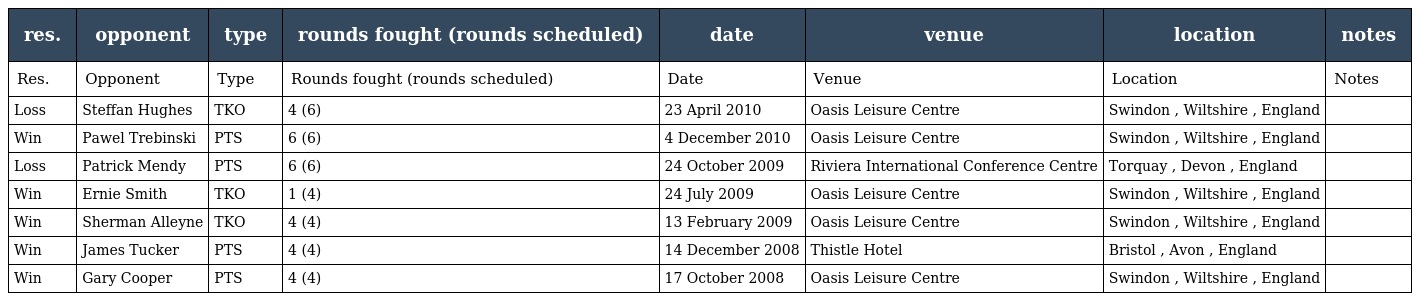
| res. | opponent | type | rounds fought (rounds scheduled) | date | venue | location | notes |
 | --- | --- | --- | --- | --- | --- | --- | --- |
 | Res. | Opponent | Type | Rounds fought (rounds scheduled) | Date | Venue | Location | Notes |
 | Loss | Steffan Hughes | TKO | 4 (6) | 23 April 2010 | Oasis Leisure Centre | Swindon , Wiltshire , England |  |
 | Win | Pawel Trebinski | PTS | 6 (6) | 4 December 2010 | Oasis Leisure Centre | Swindon , Wiltshire , England |  |
 | Loss | Patrick Mendy | PTS | 6 (6) | 24 October 2009 | Riviera International Conference Centre | Torquay , Devon , England |  |
 | Win | Ernie Smith | TKO | 1 (4) | 24 July 2009 | Oasis Leisure Centre | Swindon , Wiltshire , England |  |
 | Win | Sherman Alleyne | TKO | 4 (4) | 13 February 2009 | Oasis Leisure Centre | Swindon , Wiltshire , England |  |
 | Win | James Tucker | PTS | 4 (4) | 14 December 2008 | Thistle Hotel | Bristol , Avon , England |  |
 | Win | Gary Cooper | PTS | 4 (4) | 17 October 2008 | Oasis Leisure Centre | Swindon , Wiltshire , England |  |